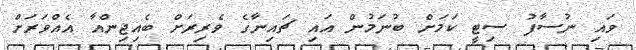
ވައި ނުސާފު ސިޓީ ކަމަށް ބުނަމުން އައި ޗައިނާގެ ވެރިރަށް ބެއިޖިންއާ އެއްވަރަށް